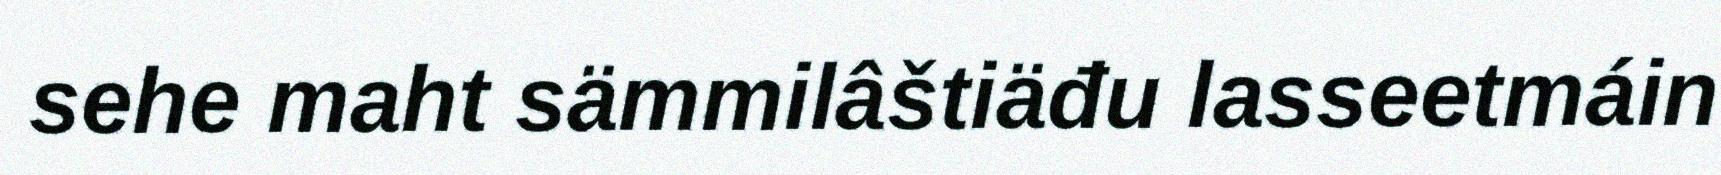
sehe maht sämmilâštiäđu lasseetmáin